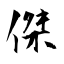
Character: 傑